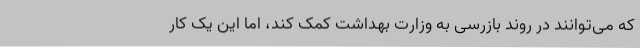
که می‌توانند در روند بازرسی به وزارت بهداشت کمک کند، اما این یک کار